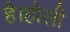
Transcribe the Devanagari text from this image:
है।होली